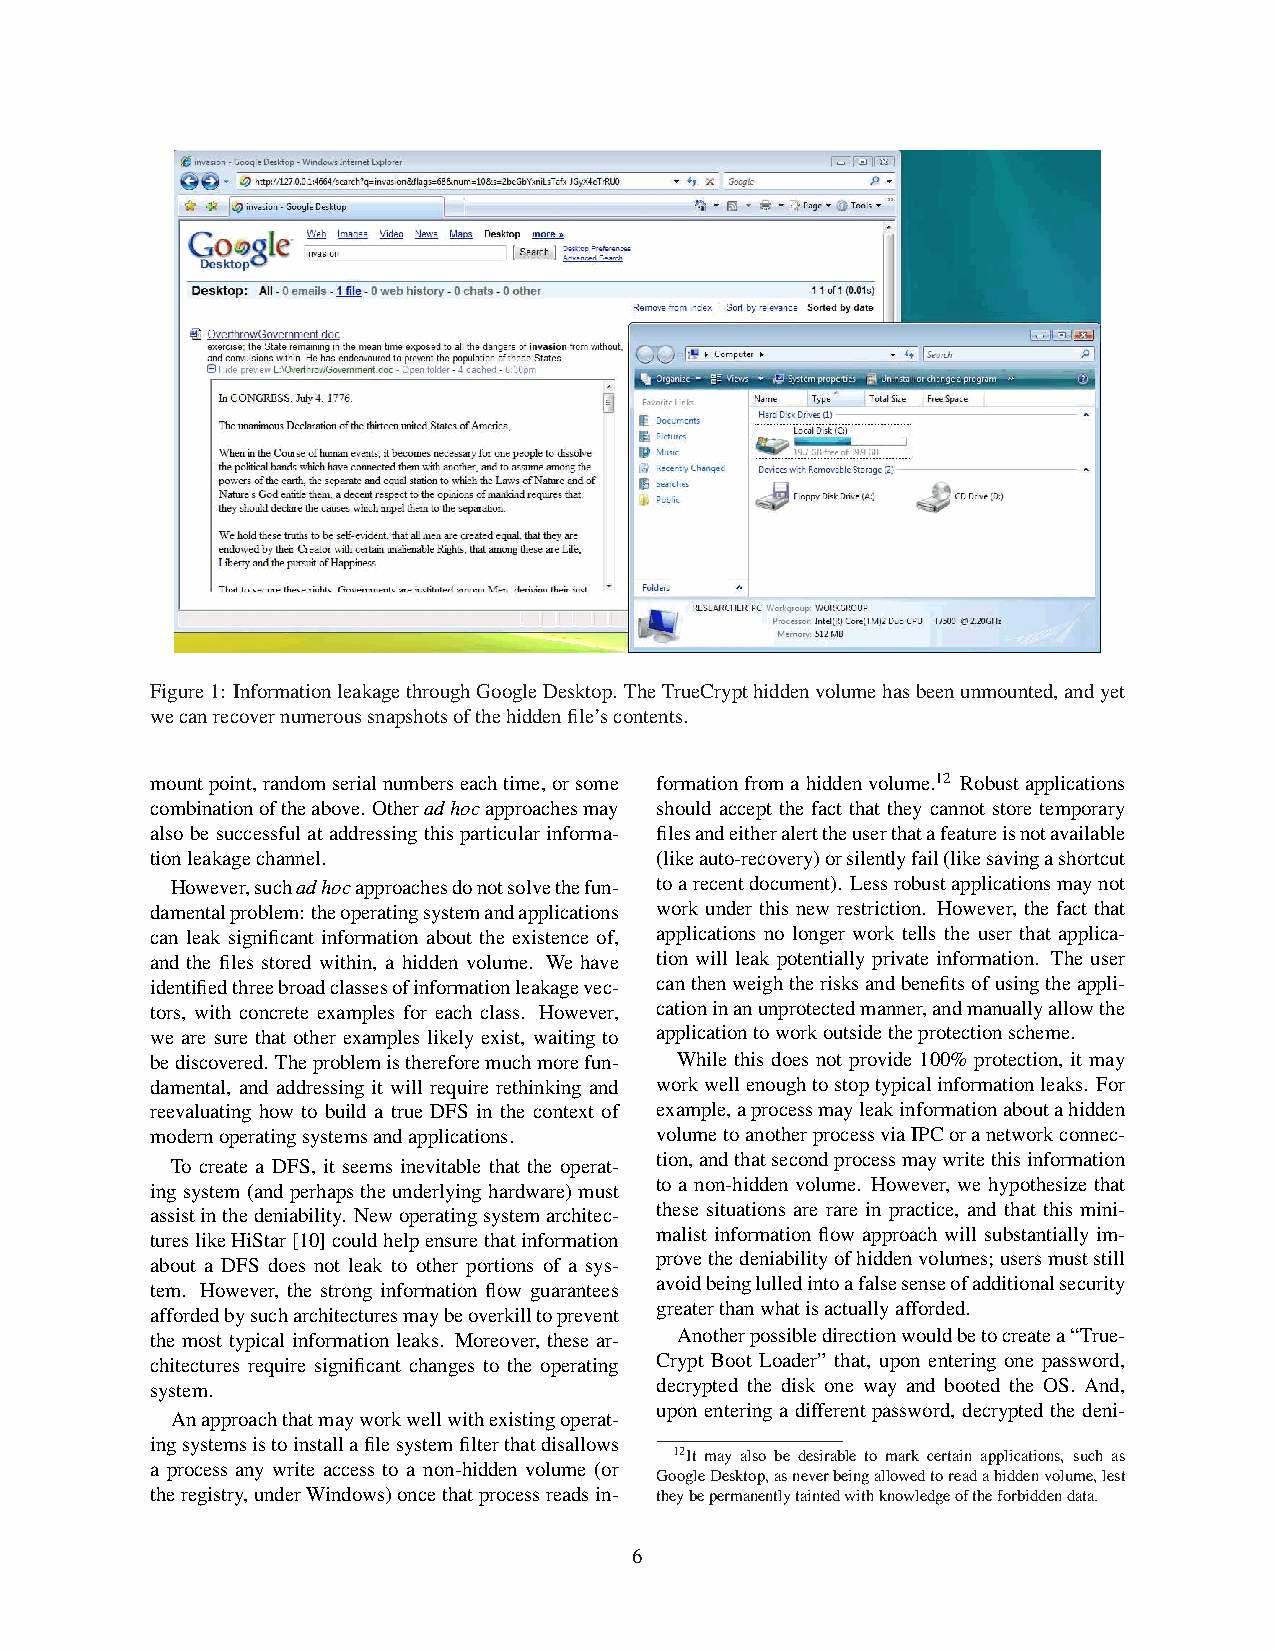
Figure1: InformationleakagethroughGoogleDesktop. TheTrueCrypthiddenvolumehasbeenunmounted,andyet
 wecanrecovernumeroussnapshotsofthehiddenfile’scontents.
 mountpoint,randomserialnumberseachtime,orsome formationfromahiddenvolume.12 Robustapplications
 combinationoftheabove. Otheradhocapproachesmay should accept the fact that they cannot store temporary
 also be successful at addressing this particular informa- filesandeitheralerttheuserthatafeatureisnotavailable
 tionleakagechannel.              (likeauto-recovery)orsilentlyfail(likesavingashortcut
 However,suchadhocapproachesdonotsolvethefun- toarecentdocument). Lessrobustapplicationsmaynot
 damentalproblem:theoperatingsystemandapplications work under this new restriction. However, the fact that
 can leak significant information about the existence of, applications no longer work tells the user that applica-
 and the files stored within, a hidden volume. We have tion will leak potentially private information. The user
 identifiedthreebroadclassesofinformationleakagevec- canthenweightherisksandbenefitsofusingtheappli-
 tors, with concrete examples for each class. However, cationinanunprotectedmanner,andmanuallyallowthe
 we are sure that other examples likely exist, waiting to applicationtoworkoutsidetheprotectionscheme.
 bediscovered. Theproblemisthereforemuchmorefun- While this does not provide 100% protection, it may
 damental, and addressing it will require rethinking and workwellenoughtostoptypicalinformationleaks. For
 reevaluating how to build a true DFS in the context of example,aprocessmayleakinformationaboutahidden
 modernoperatingsystemsandapplications. volumetoanotherprocessviaIPCoranetworkconnec-
 tion,andthatsecondprocessmaywritethisinformation
 To create a DFS, it seems inevitable that the operat-
 to a non-hidden volume. However, we hypothesize that
 ingsystem(andperhapstheunderlyinghardware)must
 these situations are rare in practice, and that this mini-
 assistinthedeniability. Newoperatingsystemarchitec-
 malist information flow approach will substantially im-
 tureslikeHiStar[10]couldhelpensurethatinformation
 provethedeniabilityofhiddenvolumes;usersmuststill
 about a DFS does not leak to other portions of a sys-
 avoidbeinglulledintoafalsesenseofadditionalsecurity
 tem. However, the strong information flow guarantees
 greaterthanwhatisactuallyafforded.
 affordedbysucharchitecturesmaybeoverkilltoprevent
 the most typical information leaks. Moreover, these ar- Anotherpossibledirectionwouldbetocreatea“True-
 chitectures require significant changes to the operating Crypt Boot Loader” that, upon entering one password,
 system.                          decrypted the disk one way and booted the OS. And,
 upon entering a different password, decrypted the deni-
 Anapproachthatmayworkwellwithexistingoperat-
 ingsystemsistoinstallafilesystemfilterthatdisallows
 12It may also be desirable to mark certain applications, such as
 a process any write access to a non-hidden volume (or
 GoogleDesktop,asneverbeingallowedtoreadahiddenvolume,lest
 theregistry,underWindows)oncethatprocessreadsin- theybepermanentlytaintedwithknowledgeoftheforbiddendata.
 6